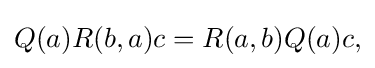
\displaystyle {Q(a)R(b,a)c=R(a,b)Q(a)c,}